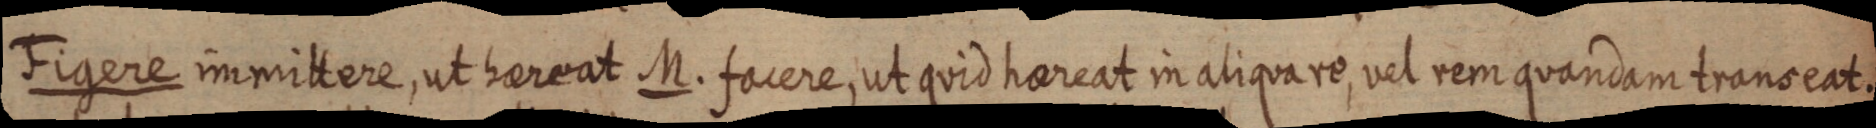
Figere immittere, ut hareat M. facere, ut quid hareat in aliqua re, vel rem quandam transeat.